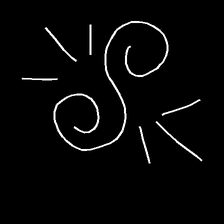
Glyph: wind-directs-air